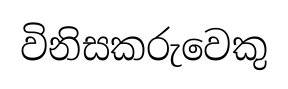
විනිසකරුවෙකු